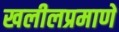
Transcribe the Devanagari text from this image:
खलीलप्रमाणे